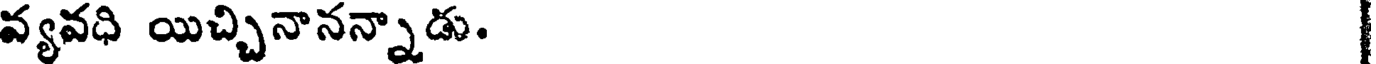
వ్యవధి యిచ్చినానన్నాడు.